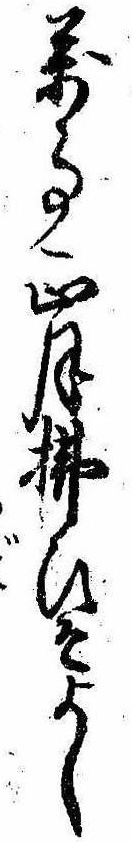
万事正月払ひそよし